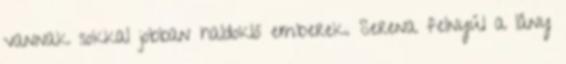
vannak sokkal jobban haldokló emberek. Serena felnyúl a lány